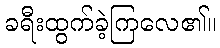
ခရီးထွက်ခဲ့ကြလေ၏။